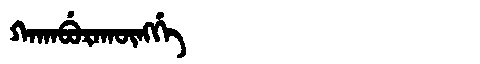
Manchu: ᡴᠠᡴᠠᠪᡠᡵᠠᡴᡡᠩᡤᡝ
Romanization: KAKABURAKŪNGGE